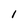
Character: I